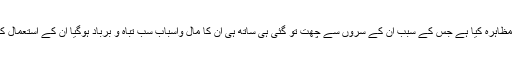
مظاہرین کا کہنا ہے کہ انتظامیہ نے حد درجہ بے حسی کا مظاہرہ کیا ہے جس کے سبب ان کے سروں سے چھت تو گئی ہی ساتھ ہی ان کا مال واسباب سب تباہ و برباد ہوگیا ان کے استعمال کے برتن اوران کے بچوں کی کتابیں ملبے تلے دب گئیں ہیں۔